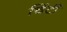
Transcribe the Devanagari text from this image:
चिंटी